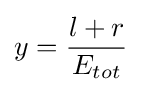
y={\frac {l+r}{E_{tot}}}